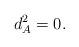
LaTeX: \begin{align*}d_A^2=0.\end{align*}